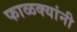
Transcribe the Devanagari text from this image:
फाळक्यांनी